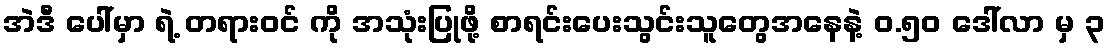
အဲဒီ ပေါ်မှာ ရဲ့ တရားဝင် ကို အသုံးပြုဖို့ စာရင်းပေးသွင်းသူတွေအနေနဲ့ ဝ.၅၀ ဒေါ်လာ မှ ၃